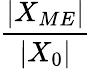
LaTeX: \frac{|X_{ME}|}{|X_{0}|}